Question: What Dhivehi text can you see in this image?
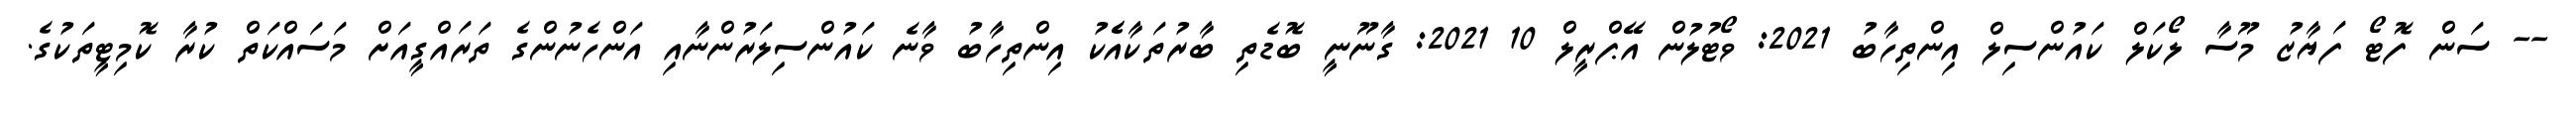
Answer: -- ސަން ފޮޓޯ ފަޔާޒު މޫސާ ލޯކަލް ކައުންސިލް އިންތިހާބު 2021: ވޯޓުލުން އޭޕްރީލް 10 2021: ގާނޫނީ ބޮޑެތި ބާރުތަކާއެެކު އިންތިހާބު ވާނެ ކައުންސިލަރުންނާއި އަންހެނުންގެ ތަރައްގީއަށް މަސައްކަތް ކުރާ ކޮމިޓީތަކުގެ.